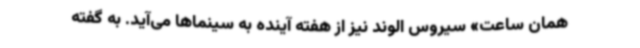
همان ساعت» سیروس الوند نیز از هفته آینده به سینماها می‌آید. به گفته